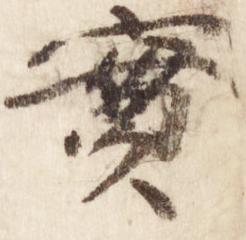
実